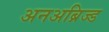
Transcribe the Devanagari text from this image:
अनअब्रिज्ड